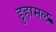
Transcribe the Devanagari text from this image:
डुहामल